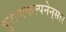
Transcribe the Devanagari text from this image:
पुराणकल्पनेनुसार